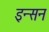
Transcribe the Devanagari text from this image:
इन्सन